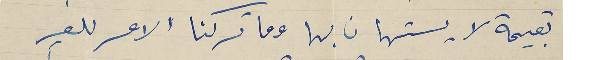
بقيمة لا يستهان بها وما تركنا الامر للغير